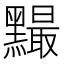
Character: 𪒙